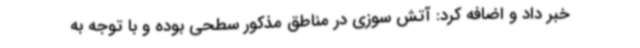
خبر داد و اضافه کرد: آتش سوزی در مناطق مذکور سطحی بوده و با توجه به